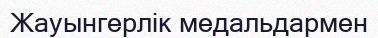
Жауынгерлік медальдармен